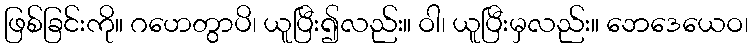
ဖြစ်ခြင်းကို။ ဂဟေတွာပိ၊ ယူပြီး၍လည်း။ ဝါ၊ ယူပြီးမှလည်း။ ဘေဒေယေဝ၊